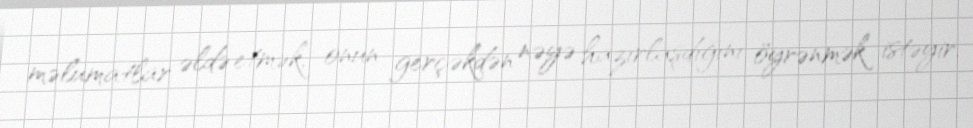
məlumatlar əldə etmək, onun gerçəkdən nəyə hazırlaşdığını öyrənmək istəyir.